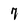
Character: 7